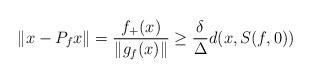
LaTeX: \begin{align*}\Vert x-P_{f}x\Vert =\frac{f_{+}(x)}{\Vert g_{f}(x)\Vert }\geq \frac{\delta }{\Delta }d(x,S(f,0)) \end{align*}